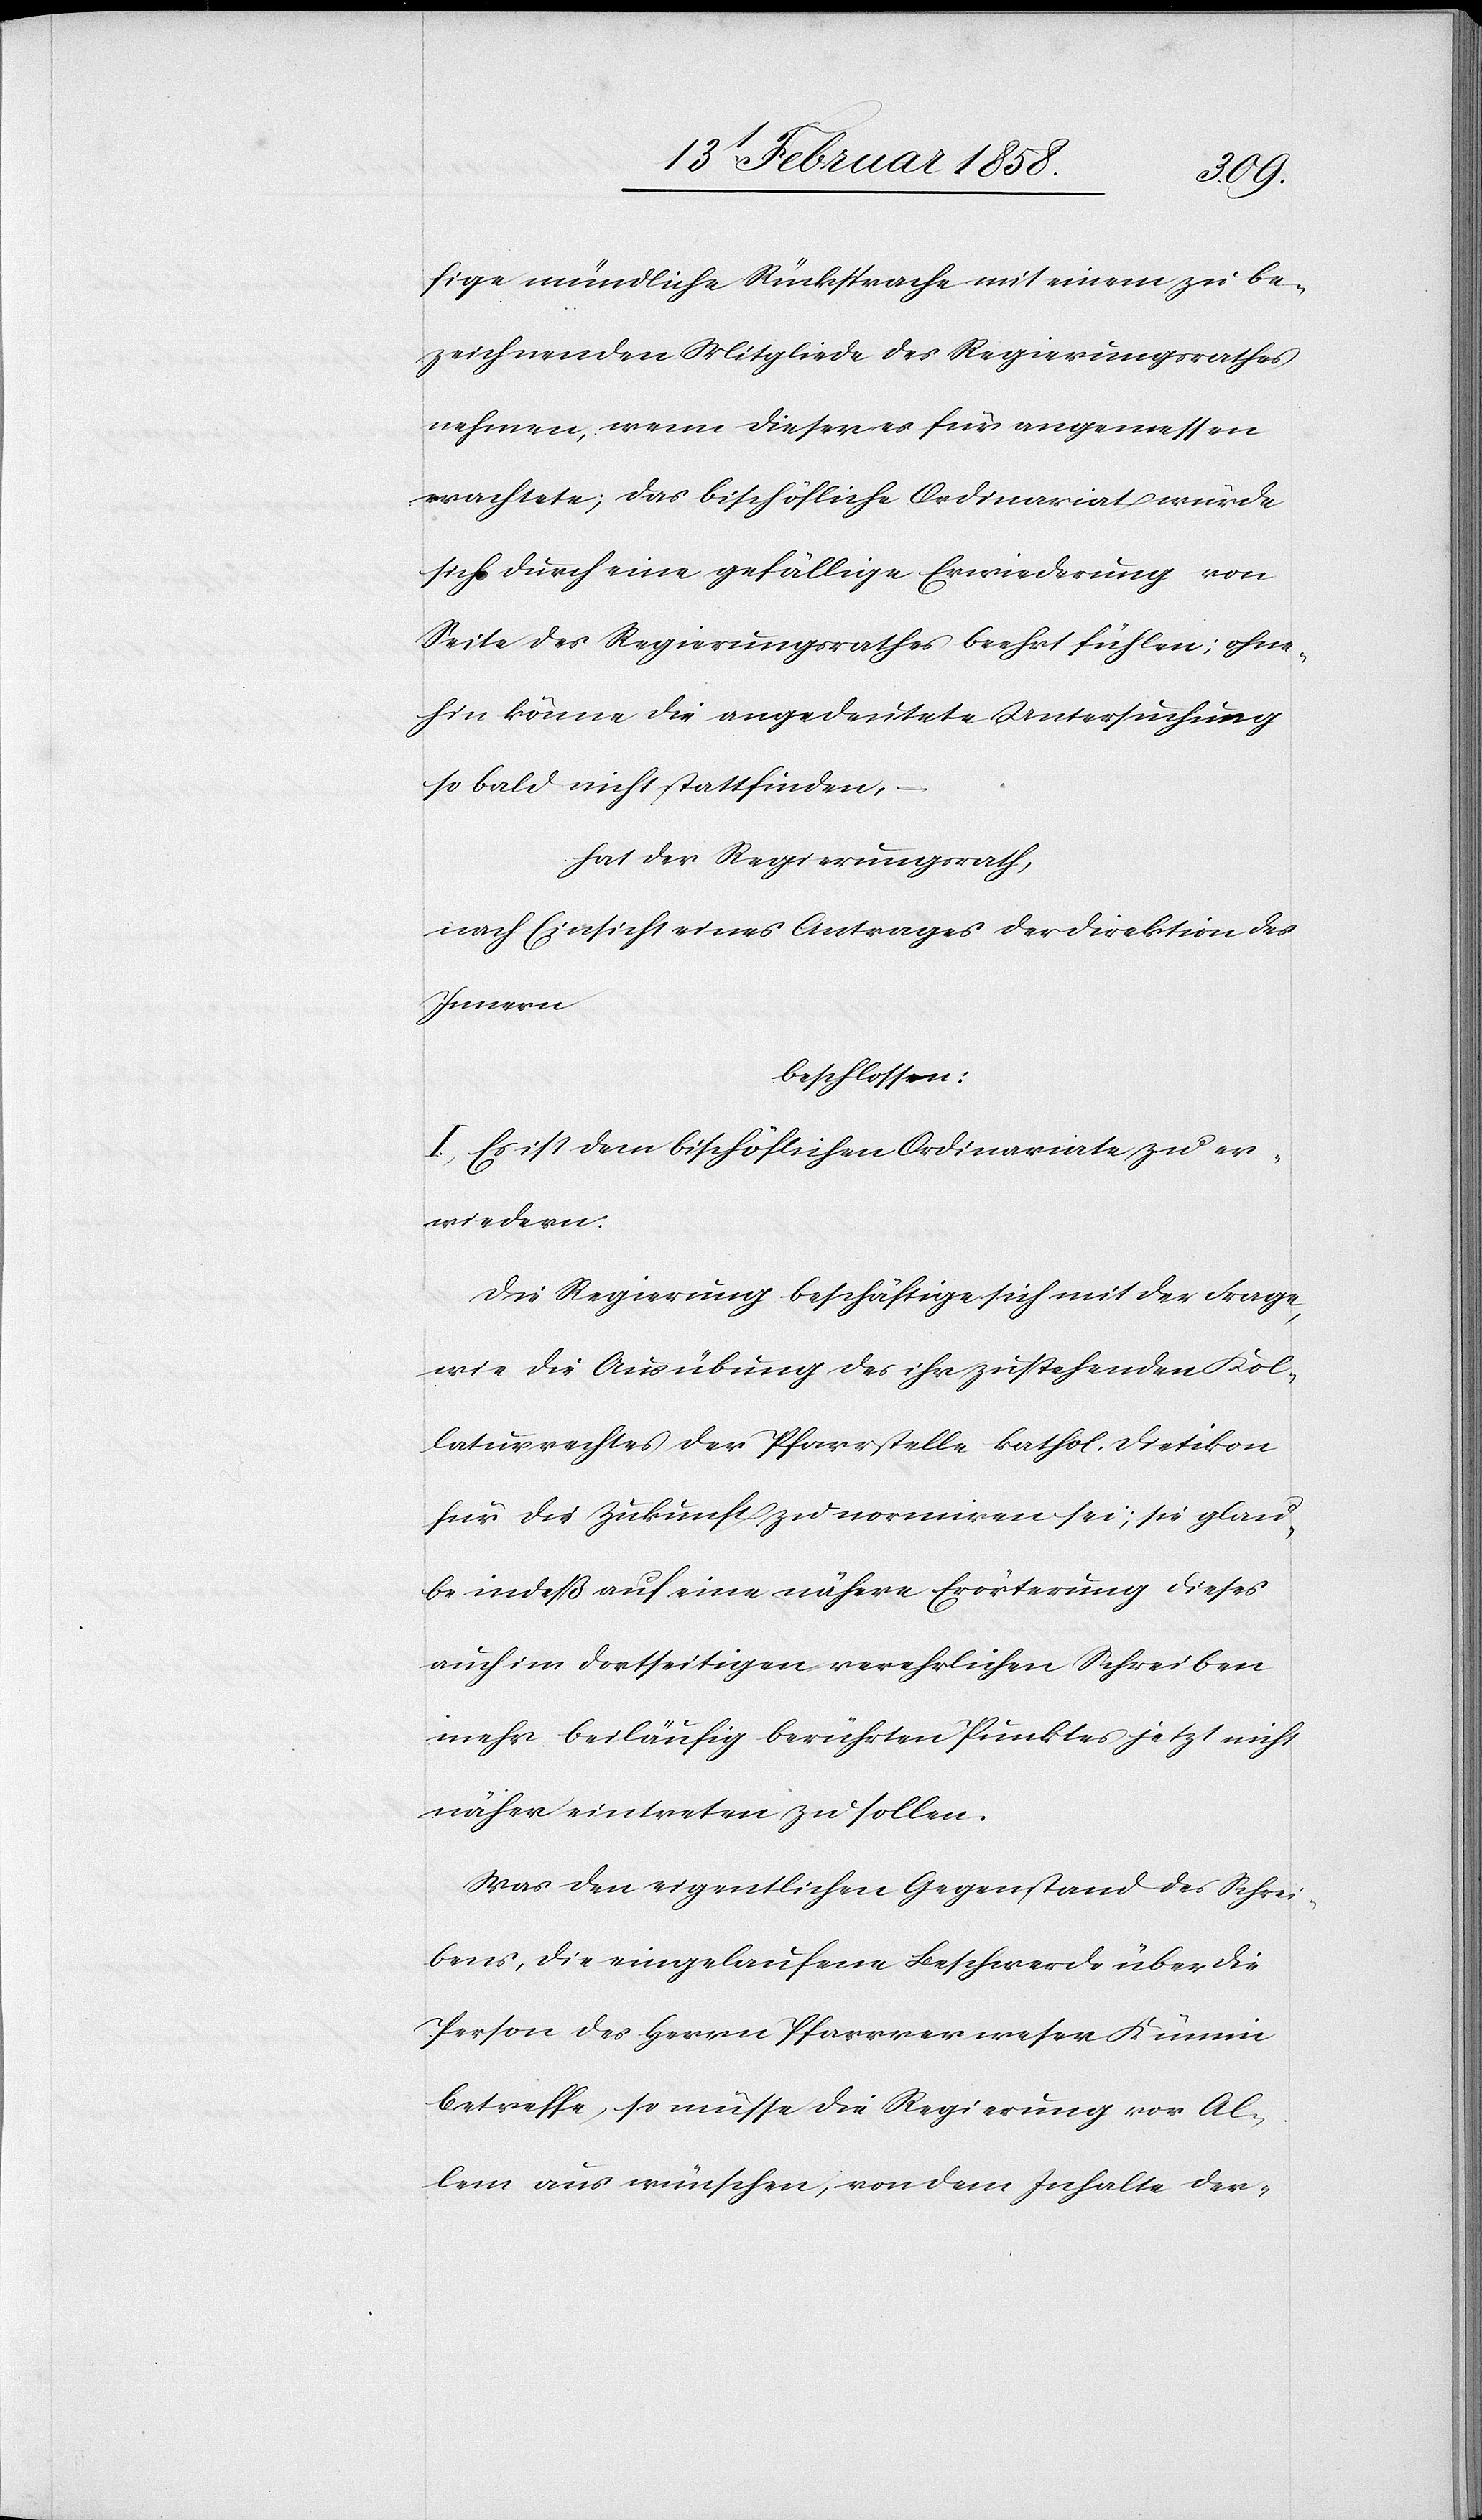
fige mündliche Rücksprache mit einem zu be¬
zeichnenden Mitgliede des Regierungsrathes
nehmen, wenn dieser es für angemessen
erachtete; das bischöfliche Ordinariat würde
sich durch eine gefällige Erwiederung von
Seite des Regierungsrathes beehrt fühlen; ohne¬
hin könne die angedeutete Untersuchung
so bald nicht stattfinden,
hat der Regierungsrath,
nach Einsicht eines Antrages der Direktion des
Innern
beschlossen:
I. Es ist dem bischöflichen Ordinariate zu er¬
wiedern:
Die Regierung beschäftige sich mit der Frage,
wie die Ausübung des ihr zustehenden Kol¬
laturrechtes der Pfarrstelle kathol. Dietikon
für die Zukunft zu normiren sei; sie glau¬
be indeß auf eine nähere Erörterung dieses
auch im dortseitigen verehrlichen Schreiben
mehr beiläufig berührten Punktes jetzt nicht
näher eintreten zu sollen.
Was den eigentlichen Gegenstand des Schrei¬
bens, die eingelaufene Beschwerde über die
Person des Herrn Pfarrverweser Kümin
betreffe, so müsse die Regierung vor Al¬
lem aus wünschen, von dem Inhalte der-